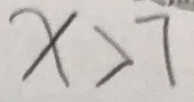
x > 7